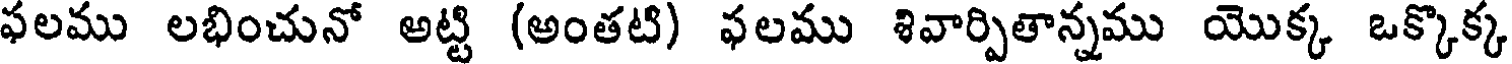
ఫలము లభించునో అట్టి (అంతటి) ఫలము శివార్పితాన్నము యొక్క ఒక్కొక్క